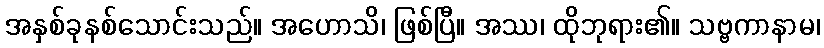
အနှစ်ခုနစ်သောင်းသည်။ အဟောသိ၊ ဖြစ်ပြီ။ အဿ၊ ထိုဘုရား၏။ သဗ္ဗကာနာမ၊